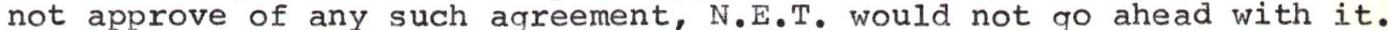
not approve of any such agreement, N.E.T. would not go ahead with it.